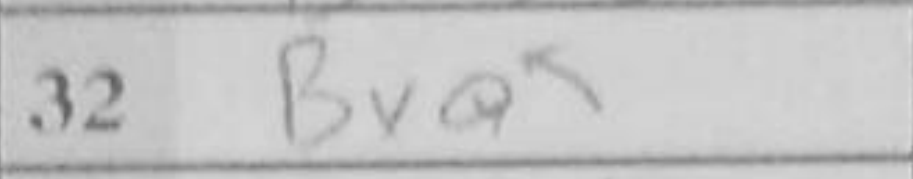
Transcription: Bxa6